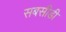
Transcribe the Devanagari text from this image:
सबसीडी